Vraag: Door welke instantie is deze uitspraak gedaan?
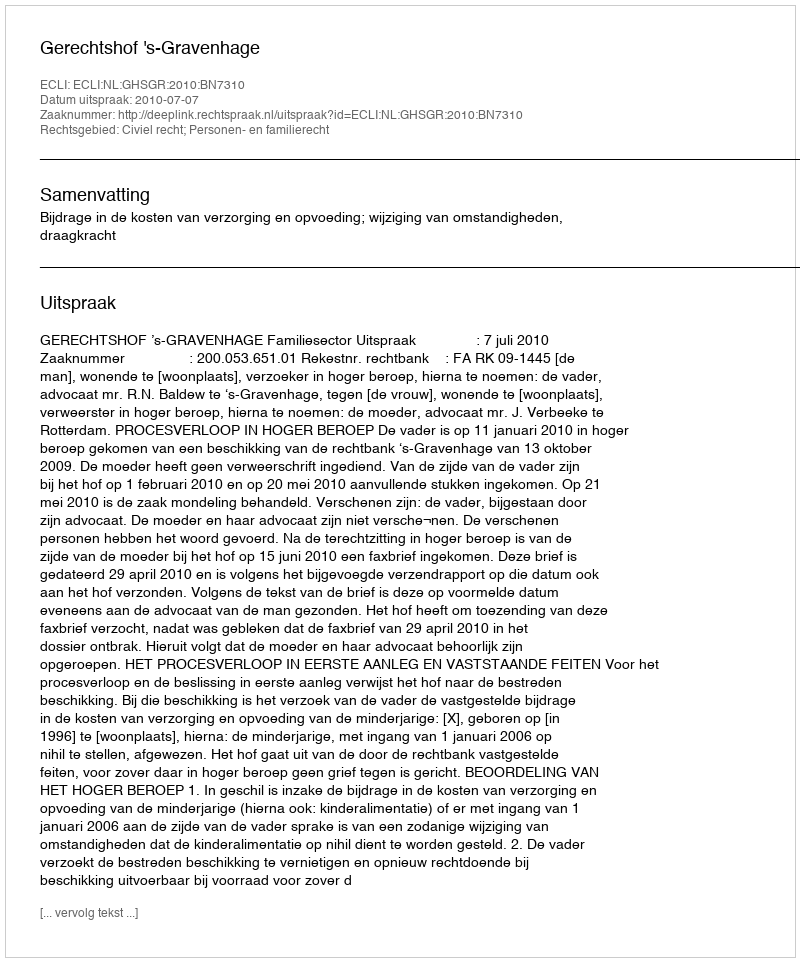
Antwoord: Gerechtshof 's-Gravenhage